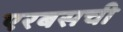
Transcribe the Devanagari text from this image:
एरबसची